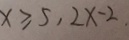
x \geqslant 5 , 2 x - 2 .